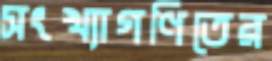
সংখ্যাগণিতের